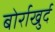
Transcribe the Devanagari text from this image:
बोर्राखुर्द